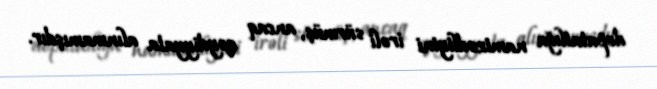
deputatlığa namizədliyini irəli sürmüş, ancaq qeydiyyata alınmamışdır.